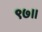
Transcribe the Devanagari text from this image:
९७।।